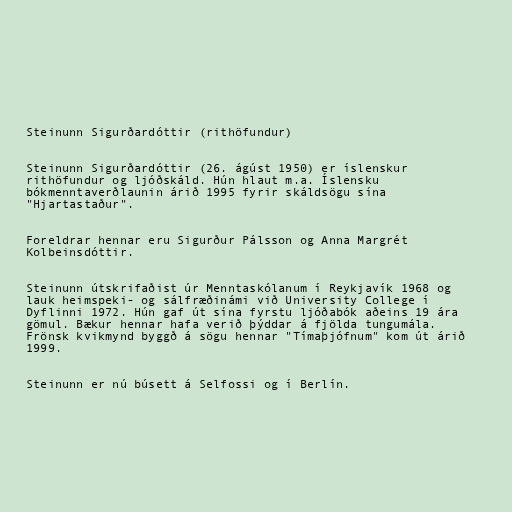
Steinunn Sigurðardóttir (rithöfundur)

Steinunn Sigurðardóttir (26. ágúst 1950) er íslenskur
rithöfundur og ljóðskáld. Hún hlaut m.a. Íslensku
bókmenntaverðlaunin árið 1995 fyrir skáldsögu sína
"Hjartastaður".

Foreldrar hennar eru Sigurður Pálsson og Anna Margrét
Kolbeinsdóttir.

Steinunn útskrifaðist úr Menntaskólanum í Reykjavík 1968 og
lauk heimspeki- og sálfræðinámi við University College í
Dyflinni 1972. Hún gaf út sína fyrstu ljóðabók aðeins 19 ára
gömul. Bækur hennar hafa verið þýddar á fjölda tungumála.
Frönsk kvikmynd byggð á sögu hennar "Tímaþjófnum" kom út árið
1999.

Steinunn er nú búsett á Selfossi og í Berlín.